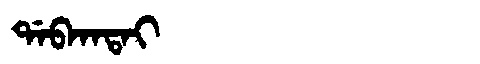
Manchu: ᡩᠠᠪᡴᠠᡨᠠᡳ
Romanization: DABKATAI